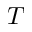
T